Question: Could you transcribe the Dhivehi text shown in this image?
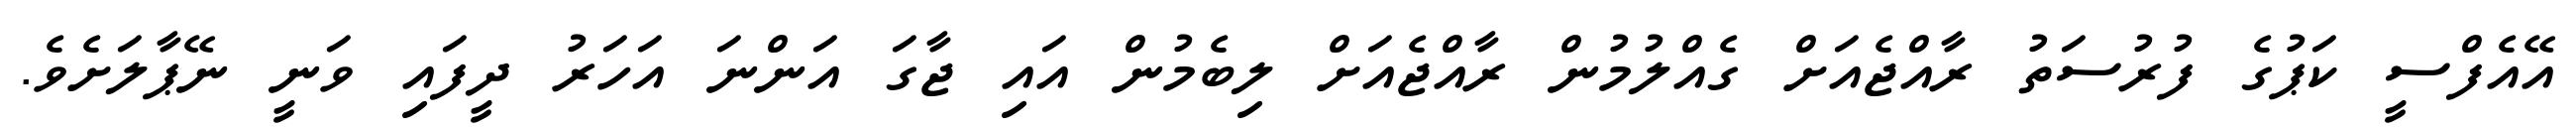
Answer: އޭއެފްސީ ކަޕުގެ ފުރުސަތު ރާއްޖެއަށް ގެއްލުމުން ރާއްޖެއަށް ލިބެމުން އައި ޖާގަ އަންނަ އަހަރު ދީފައި ވަނީ ނޭޕާލަށެވެ.